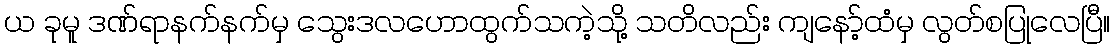
ယ ခုမူ ဒဏ်ရာနက်နက်မှ သွေးဒလဟောထွက်သကဲ့သို့ သတိလည်း ကျနော့်ထံမှ လွတ်စပြုလေပြီ။